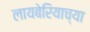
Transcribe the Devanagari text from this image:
लायबेरियाच्या